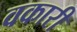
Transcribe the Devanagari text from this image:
वकारी